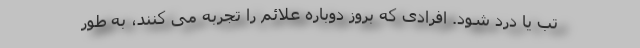
تب یا درد شود. افرادی که بروز دوباره علائم را تجربه می کنند، به طور